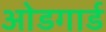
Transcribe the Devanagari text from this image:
ओडगार्ड